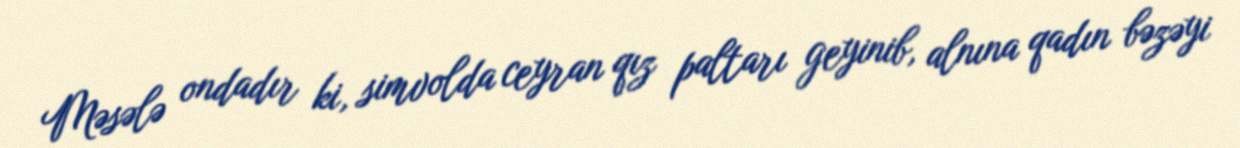
Məsələ ondadır ki, simvolda ceyran qız paltarı geyinib, alnına qadın bəzəyi